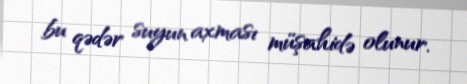
bu qədər suyun axması müşahidə olunur.